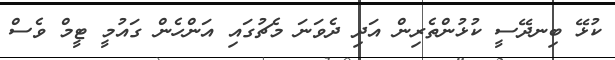
ކުޅޭ ބިނދޭސީ ކުޅުންތެރިން އަދި ދެވަނަ މެޗުގައި އަންހެން ގައުމީ ޓީމް ވެސް